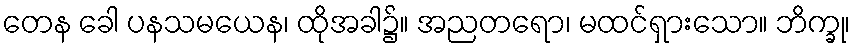
တေန ခေါ ပနသမယေန၊ ထိုအခါ၌။ အညတရော၊ မထင်ရှားသော။ ဘိက္ခု၊